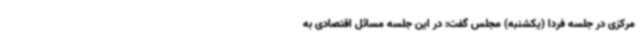
مرکزی در جلسه فردا (یکشنبه) مجلس گفت: در این جلسه مسائل اقتصادی به